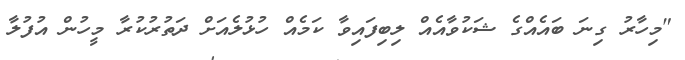
"މިހާރު ގިނަ ބައެއްގެ ޝަކުވާއެއް ލިބިފައިވާ ކަމެއް ހުޅުލެއަށް ދަތުރުކުރާ މީހުން އުފުލާ